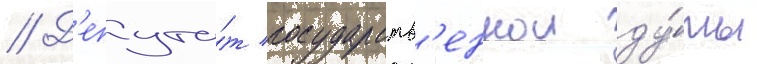
// Д'епута́т государств'еннои ду́мы